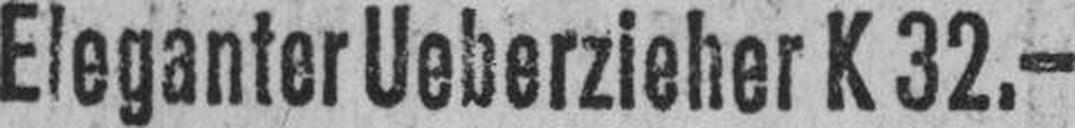
Eleganter Ueberzieher K 32.—